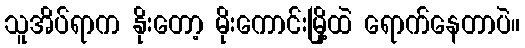
သူအိပ်ရာက နိုးတော့ မိုးကောင်းမြို့ထဲ ရောက်နေတာပဲ။